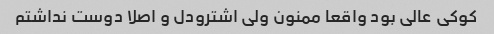
کوکی عالی بود واقعا ممنون ولی اشترودل و اصلا دوست نداشتم